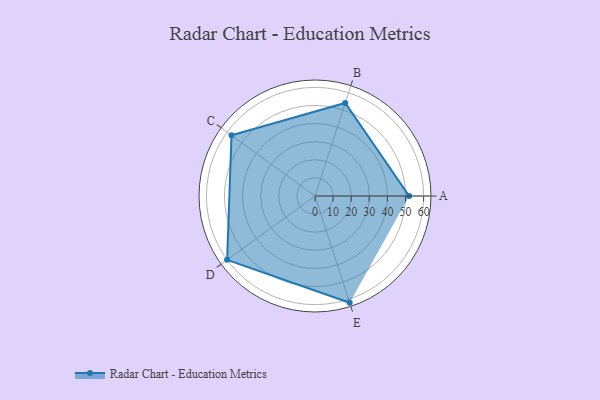
{"axis": {"x": "Skill", "y": "Score"}, "legend": ["Profile"], "data": [{"x": "A", "y": 52.0, "type": "Profile"}, {"x": "B", "y": 54.0, "type": "Profile"}, {"x": "C", "y": 57.0, "type": "Profile"}, {"x": "D", "y": 60.0, "type": "Profile"}, {"x": "E", "y": 62.0, "type": "Profile"}]}